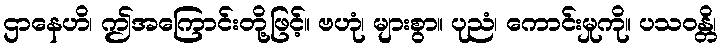
ဌာနေဟိ၊ ဤအကြောင်းတို့ဖြင့်။ ဗဟုံ၊ များစွာ။ ပုညံ၊ ကောင်းမှုကို။ ပသဝန္တိ၊